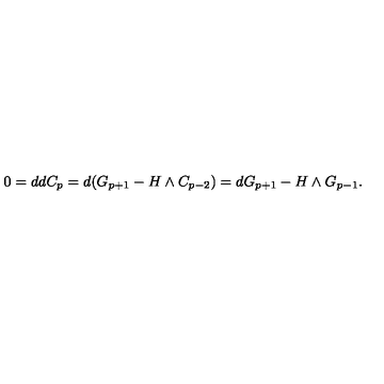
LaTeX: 0 = d d C _ { p } = d ( G _ { p + 1 } - H \wedge C _ { p - 2 } ) = d G _ { p + 1 } - H \wedge G _ { p - 1 } .